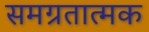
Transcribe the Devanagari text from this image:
समग्रतात्मक